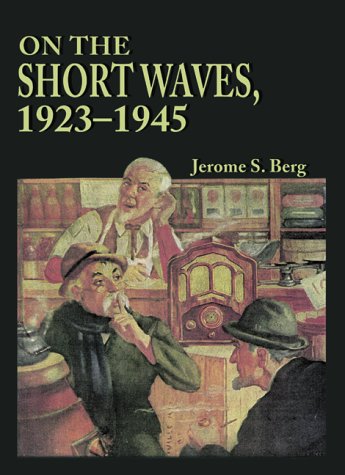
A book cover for On the Short Waves, 1923-1945: Broadcast Listening in the Pioneer Days of Radio; Jerome S. Berg; Humor & Entertainment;